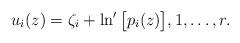
LaTeX: \begin{align*}u_i(z)=\zeta_i+ \ln'\big[p_i(z)\big], 1, \dots, r.\end{align*}